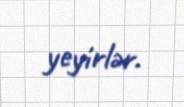
yeyirlər.